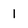
Character: 1